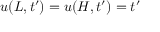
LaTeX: u ( L , t ^ { \prime } ) = u ( H , t ^ { \prime } ) = t ^ { \prime }